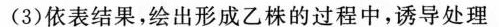
(3)依表结果，绘出形成乙株的过程中，诱导处理